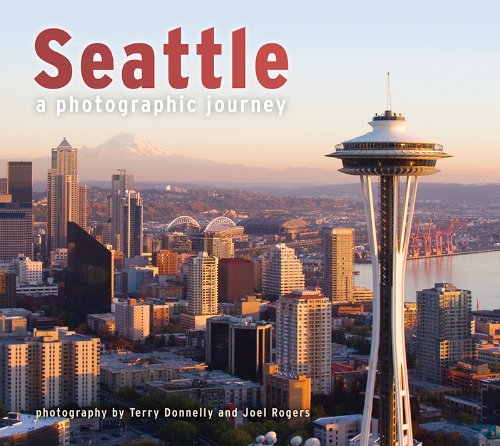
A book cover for Seattle: A Photographic Journey; Travel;